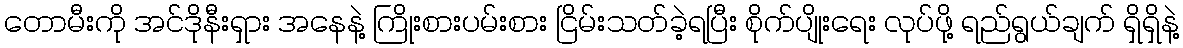
တောမီးကို အင်ဒိုနီးရှား အနေနဲ့ ကြိုးစားပမ်းစား ငြိမ်းသတ်ခဲ့ရပြီး စိုက်ပျိုးရေး လုပ်ဖို့ ရည်ရွယ်ချက် ရှိရှိနဲ့